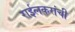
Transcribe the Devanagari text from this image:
राईलकरांची